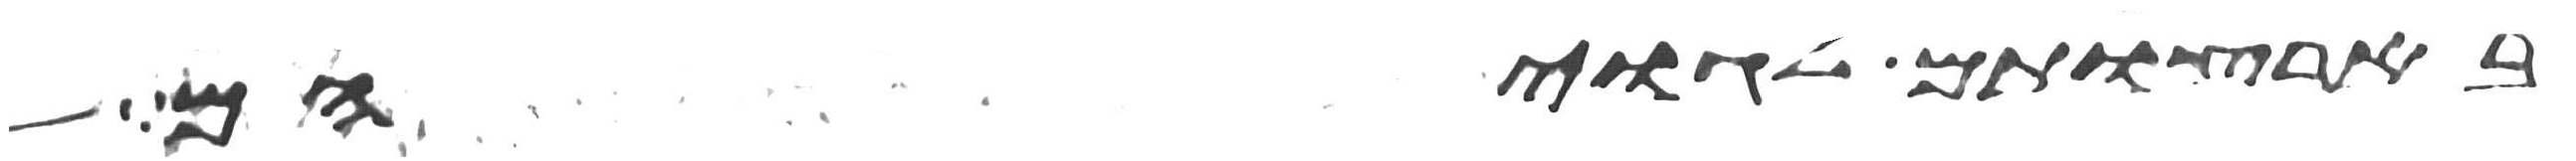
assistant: בארצותם לגויהם